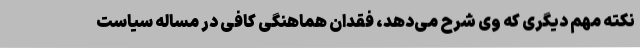
نکته مهم دیگری که وی شرح می‌دهد، فقدان هماهنگی کافی در مساله سیاست